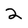
Character: 2